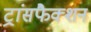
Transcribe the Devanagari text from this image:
ट्रांसफैक्शन